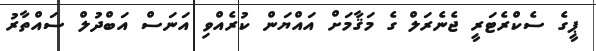
ޕީގެ ސެކްރެޓަރީ ޖެނެރަލް ގެ މަޤާމަށް އައްޔަން ކުރެއްވި އަނަސް އަބްދުލް ސައްތާރު